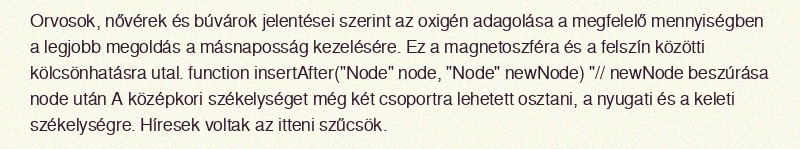
Orvosok, nővérek és búvárok jelentései szerint az oxigén adagolása a megfelelő mennyiségben a legjobb megoldás a másnaposság kezelésére. Ez a magnetoszféra és a felszín közötti kölcsönhatásra utal. function insertAfter("Node" node, "Node" newNode) "// newNode beszúrása node után A középkori székelységet még két csoportra lehetett osztani, a nyugati és a keleti székelységre. Híresek voltak az itteni szűcsök.